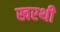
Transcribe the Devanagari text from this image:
खरथी